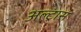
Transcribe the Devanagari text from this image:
अल्ट्रास